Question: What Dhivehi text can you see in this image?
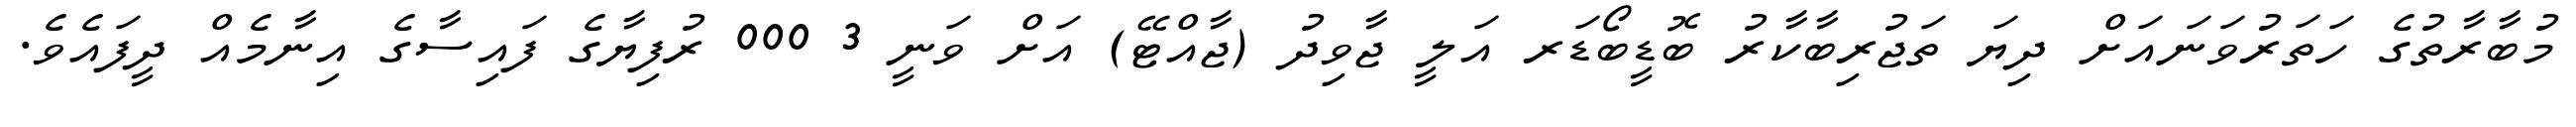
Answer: މުބާރާތުގެ ހަތަރުވަނައަށް ދިޔަ ތަޖުރިބާކާރު ބޮޑީބޯޑަރ އަލީ ޖާވިދު (ޖާއްޓޭ) އަށް ވަނީ 3 000 ރުފިޔާގެ ފައިސާގެ އިނާމެއް ދީފައެވެ.